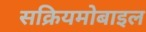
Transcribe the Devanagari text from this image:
सक्रियमोबाइल